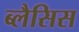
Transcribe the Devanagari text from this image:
ब्लैसिस